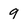
Character: 9